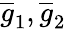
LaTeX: \overline{{g}}_{1},\overline{{g}}_{2}